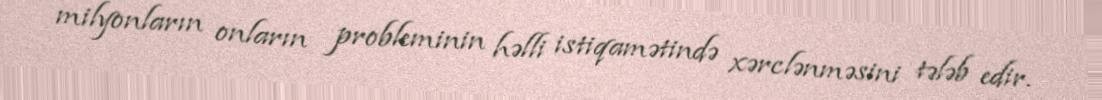
milyonların onların probleminin həlli istiqamətində xərclənməsini tələb edir.